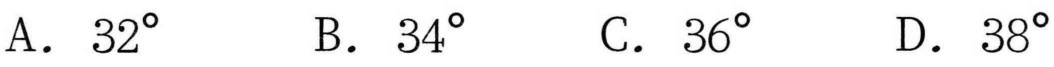
A. \(32^{\circ}\)  B. \(34^{\circ}\)  C. \(36^{\circ}\)  D. \(38^{\circ}\)